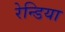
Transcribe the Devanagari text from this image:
रेन्डिया